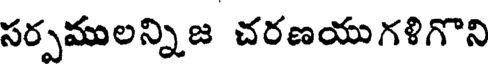
సర్పములన్నిజ చరణయుగళిగొని